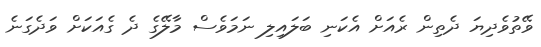
ވޭތުވެދިޔަ ދެތިން ރެއަށް އެކަނި ބަލައިލި ނަމަވެސް މާލޭގެ ދެ ގެއަކަށް ވަދެގަނެ